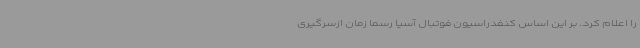
را اعلام کرد. بر این اساس کنفدراسیون فوتبال آسیا رسما زمان ازسرگیری